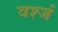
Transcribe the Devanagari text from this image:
वर्श्ज